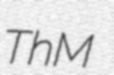
ThM